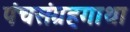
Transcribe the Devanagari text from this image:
पंचसंग्रहगाथा